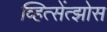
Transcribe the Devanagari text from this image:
व्हित्सेंत्झोस